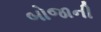
બોજાની